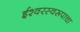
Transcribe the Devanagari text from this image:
ईश्वरस्वरूपाचा